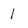
Character: 1